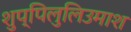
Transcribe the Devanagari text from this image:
शुप्पिलुलिउमाश